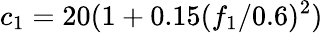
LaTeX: c_{1}=20(1+0.15({f_{1}}/{0.6})^{2})